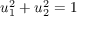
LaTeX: u _ { 1 } ^ { 2 } + u _ { 2 } ^ { 2 } = 1